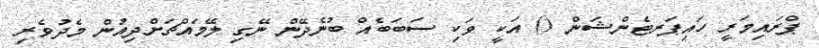
ޕްރައިމަރީ ހައިޕަރޓެންޝަން () އަކީ ވަކި ސަބަބެއް ބުނެދޭން ނޭގި ލޭމައްޗަށްދިއުން މެދުވެރި